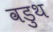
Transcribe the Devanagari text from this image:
वडुथ